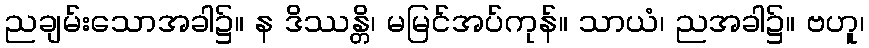
ညချမ်းသောအခါ၌။ န ဒိဿန္တိ၊ မမြင်အပ်ကုန်။ သာယံ၊ ညအခါ၌။ ဗဟူ၊